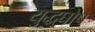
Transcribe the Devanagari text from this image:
युद्धघोष